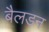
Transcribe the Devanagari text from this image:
बैलडन